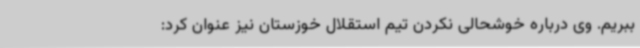
ببریم. وی درباره خوشحالی نکردن تیم استقلال خوزستان نیز عنوان کرد: